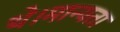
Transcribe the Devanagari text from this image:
थे।मान्यता